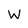
Character: W